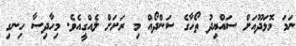
ނަމަ މޮޅަދޫއަށް ސައްޔިދު ތޯހާގެ ސަންދޯއް މި ރަށަށް ލެއްގީއެވެ. މިހާދިސާ ހިނގި